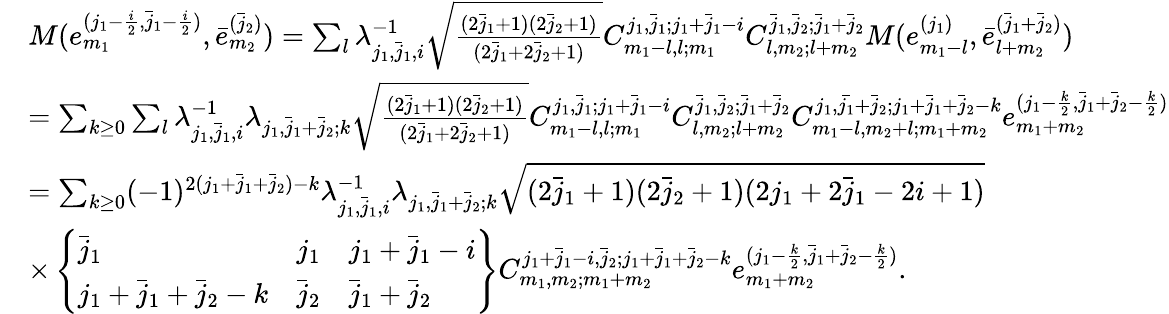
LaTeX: \begin{array}{rl}&{M(e_{m_{1}}^{(j_{1}-\frac{i}{2},\bar{j}_{1}-\frac{i}{2})},\bar{e}_{m_{2}}^{(\bar{j}_{2})})=\sum_{l}\lambda_{j_{1},\bar{j}_{1},i}^{-1}\sqrt{\frac{(2\bar{j}_{1}+1)(2\bar{j}_{2}+1)}{(2\bar{j}_{1}+2\bar{j}_{2}+1)}}C_{m_{1}-l,l;m_{1}}^{j_{1},\bar{j}_{1};j_{1}+\bar{j}_{1}-i}C_{l,m_{2};l+m_{2}}^{\bar{j}_{1},\bar{j}_{2};\bar{j}_{1}+\bar{j}_{2}}M(e_{m_{1}-l}^{(j_{1})},\bar{e}_{l+m_{2}}^{(\bar{j}_{1}+\bar{j}_{2})})}\\ &{=\sum_{k\geq 0}\sum_{l}\lambda_{j_{1},\bar{j}_{1},i}^{-1}\lambda_{j_{1},\bar{j}_{1}+\bar{j}_{2};k}\sqrt{\frac{(2\bar{j}_{1}+1)(2\bar{j}_{2}+1)}{(2\bar{j}_{1}+2\bar{j}_{2}+1)}}C_{m_{1}-l,l;m_{1}}^{j_{1},\bar{j}_{1};j_{1}+\bar{j}_{1}-i}C_{l,m_{2};l+m_{2}}^{\bar{j}_{1},\bar{j}_{2};\bar{j}_{1}+\bar{j}_{2}}C_{m_{1}-l,m_{2}+l;m_{1}+m_{2}}^{j_{1},\bar{j_{1}}+\bar{j}_{2};j_{1}+\bar{j}_{1}+\bar{j}_{2}-k}e_{m_{1}+m_{2}}^{(j_{1}-\frac{k}{2},\bar{j}_{1}+\bar{j}_{2}-\frac{k}{2})}}\\ &{=\sum_{k\geq 0}(-1)^{2(j_{1}+\bar{j}_{1}+\bar{j}_{2})-k}\lambda_{j_{1},\bar{j}_{1},i}^{-1}\lambda_{j_{1},\bar{j}_{1}+\bar{j}_{2};k}\sqrt{(2\bar{j}_{1}+1)(2\bar{j}_{2}+1)(2j_{1}+2\bar{j}_{1}-2i+1)}}\\ &{\times\left\{ \begin{array}{lll}{\bar{j}_{1}}&{j_{1}}&{j_{1}+\bar{j}_{1}-i}\\ {j_{1}+\bar{j}_{1}+\bar{j}_{2}-k}&{\bar{j}_{2}}&{\bar{j}_{1}+\bar{j}_{2}}\end{array}\right\} C_{m_{1},m_{2};m_{1}+m_{2}}^{j_{1}+\bar{j}_{1}-i,\bar{j}_{2};j_{1}+\bar{j}_{1}+\bar{j}_{2}-k}e_{m_{1}+m_{2}}^{(j_{1}-\frac{k}{2},\bar{j}_{1}+\bar{j}_{2}-\frac{k}{2})}.}\end{array}